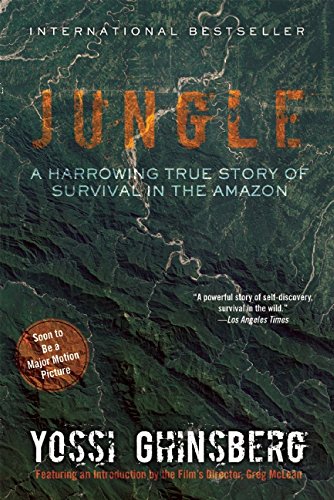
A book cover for Jungle: A Harrowing True Story of Survival in the Amazon; Yossi Ghinsberg; Travel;